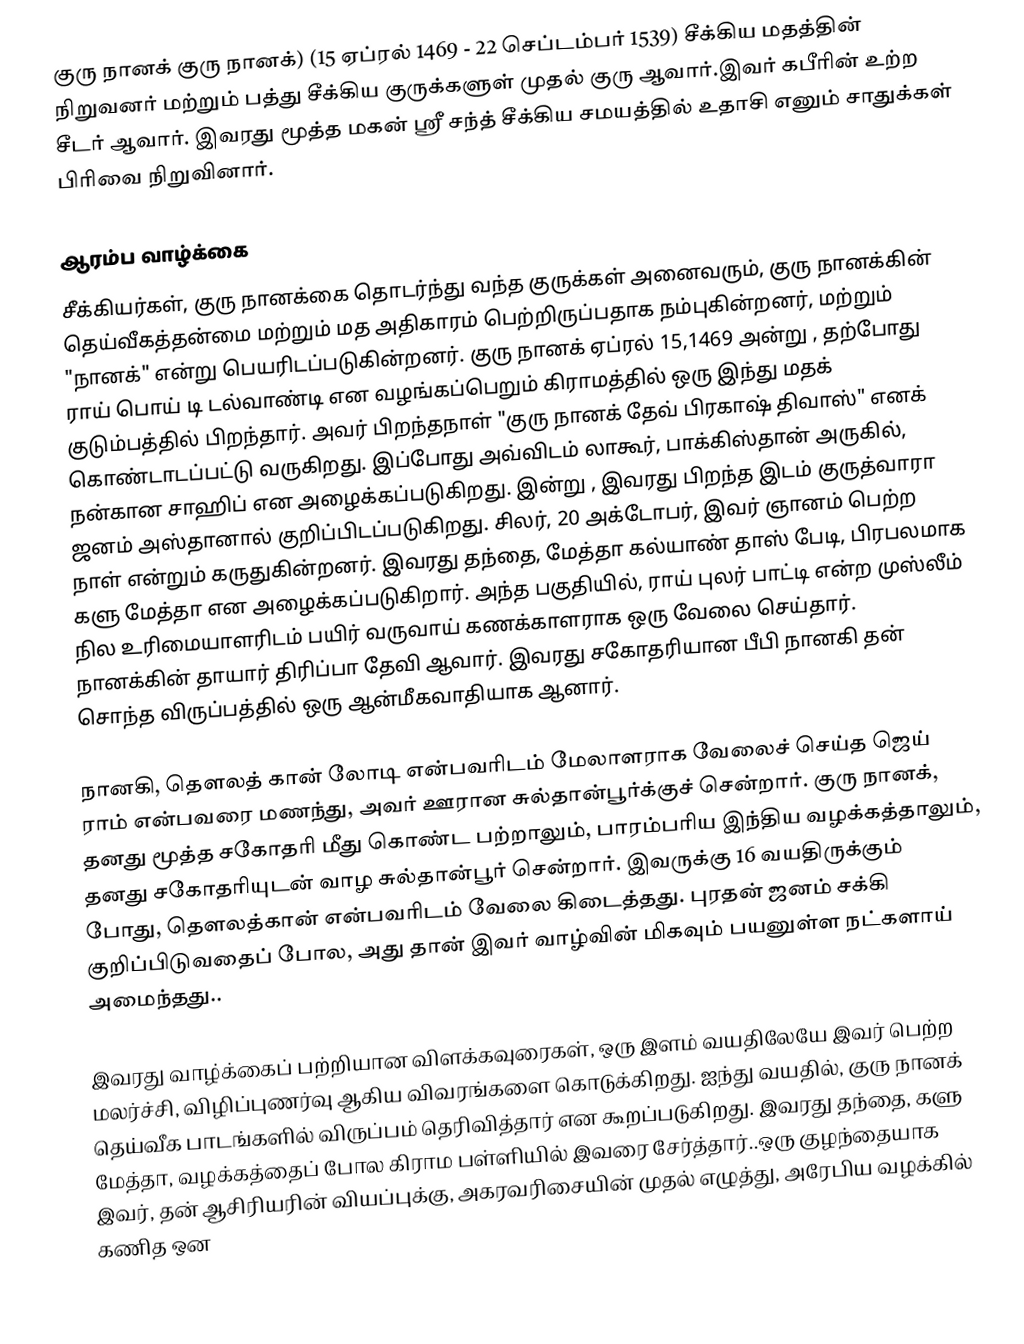
குரு நானக் குரு நானக்) (15 ஏப்ரல் 1469 - 22 செப்டம்பர் 1539) சீக்கிய மதத்தின் நிறுவனர் மற்றும் பத்து சீக்கிய குருக்களுள் முதல் குரு ஆவார்.இவர் கபீரின் உற்ற சீடர் ஆவார். இவரது மூத்த மகன் ஶ்ரீ சந்த் சீக்கிய சமயத்தில் உதாசி எனும் சாதுக்கள் பிரிவை நிறுவினார்.

ஆரம்ப வாழ்க்கை
சீக்கியர்கள், குரு நானக்கை தொடர்ந்து வந்த  குருக்கள் அனைவரும், குரு நானக்கின்  தெய்வீகத்தன்மை மற்றும் மத அதிகாரம் பெற்றிருப்பதாக  நம்புகின்றனர், மற்றும்  "நானக்" என்று பெயரிடப்படுகின்றனர். குரு நானக் ஏப்ரல் 15,1469 அன்று , தற்போது ராய் பொய் டி டல்வாண்டி என வழங்கப்பெறும் கிராமத்தில் ஒரு இந்து மதக் குடும்பத்தில் பிறந்தார். அவர் பிறந்தநாள் "குரு நானக் தேவ் பிரகாஷ் திவாஸ்" எனக் கொண்டாடப்பட்டு வருகிறது. இப்போது அவ்விடம் லாகூர், பாக்கிஸ்தான் அருகில், நன்கான சாஹிப் என அழைக்கப்படுகிறது. இன்று , இவரது பிறந்த இடம் குருத்வாரா ஜனம் அஸ்தானால் குறிப்பிடப்படுகிறது. சிலர், 20 அக்டோபர், இவர் ஞானம் பெற்ற நாள் என்றும் கருதுகின்றனர். இவரது தந்தை, மேத்தா கல்யாண் தாஸ் பேடி, பிரபலமாக களு மேத்தா என அழைக்கப்படுகிறார். அந்த பகுதியில், ராய் புலர் பாட்டி  என்ற முஸ்லீம் நில உரிமையாளரிடம் பயிர் வருவாய் கணக்காளராக ஒரு  வேலை செய்தார். நானக்கின் தாயார் திரிப்பா தேவி ஆவார். இவரது சகோதரியான பீபி நானகி தன் சொந்த விருப்பத்தில் ஒரு ஆன்மீகவாதியாக ஆனார்.

நானகி, தௌலத் கான் லோடி என்பவரிடம் மேலாளராக வேலைச் செய்த ஜெய் ராம் என்பவரை மணந்து, அவர் ஊரான சுல்தான்பூர்க்குச் சென்றார். குரு நானக், தனது மூத்த சகோதரி மீது கொண்ட பற்றாலும், பாரம்பரிய இந்திய வழக்கத்தாலும், தனது சகோதரியுடன் வாழ சுல்தான்பூர் சென்றார். இவருக்கு 16 வயதிருக்கும் போது, தௌலத்கான் என்பவரிடம் வேலை கிடைத்தது. புரதன் ஜனம் சக்கி குறிப்பிடுவதைப் போல, அது தான் இவர் வாழ்வின் மிகவும் பயனுள்ள நட்களாய் அமைந்தது..

இவரது வாழ்க்கைப் பற்றியான விளக்கவுரைகள், ஒரு இளம் வயதிலேயே இவர் பெற்ற மலர்ச்சி, விழிப்புணர்வு ஆகிய விவரங்களை கொடுக்கிறது. ஐந்து வயதில், குரு நானக் தெய்வீக பாடங்களில் விருப்பம் தெரிவித்தார் என கூறப்படுகிறது. இவரது தந்தை, களு மேத்தா, வழக்கத்தைப் போல கிராம பள்ளியில் இவரை சேர்த்தார்..ஒரு குழந்தையாக இவர், தன் ஆசிரியரின் வியப்புக்கு, அகரவரிசையின் முதல் எழுத்து, அரேபிய வழக்கில் கணித ஒன